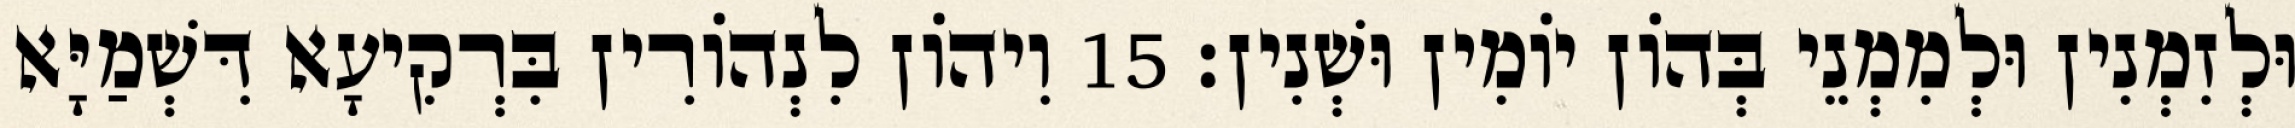
וּלְזִמְנִין וּלְמִמְנֵי בְּהוֹן יוֹמִין וּשְׁנִין׃ 15 וִיהוֹן לִנְהוֹרִין בִּרְקִיעָא דִּשְׁמַיָּא